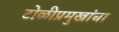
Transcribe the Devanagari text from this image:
टोळीप्रमुखांचा